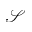
\mathcal { S }